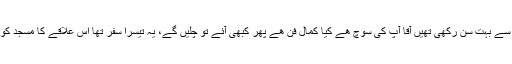
تفصیلات عثمان عادل بٹ سے بہت سن رکھی تھیں آقا آپ کی سوچ ھے کیا کمال فن ھے پھر کبھی آئے تو چلیں گے، یہ تیسرا سفر تھا اس علاقے کا مسجد کو دیکھنا بھی ضروری تھا۔